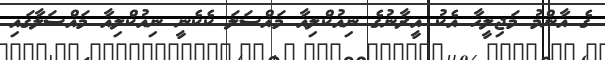
ގެ އާންމު މަޖިލީހާ އެކު އީރާނުގެ ނިއުކްލިއާ މައްސަލަ ކެކެނީ ނިއުކްލިއާ މައްސަލާގައި